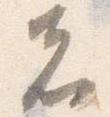
者